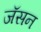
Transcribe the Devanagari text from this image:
जॅसन